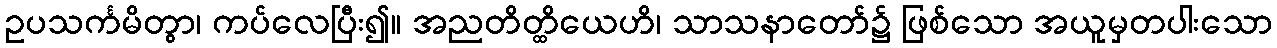
ဥပသင်္ကမိတွာ၊ ကပ်လေပြီး၍။ အညတိတ္ထိယေဟိ၊ သာသနာတော်၌ ဖြစ်သော အယူမှတပါးသော